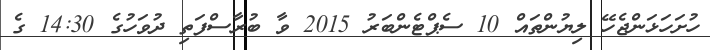
ހުށަހަޅަންޖެހޭ ލިޔުންތައް 10 ސެޕްޓެންބަރު 2015 ވާ ބުރާސްފަތި ދުވަހުގެ 14:30 ގެ